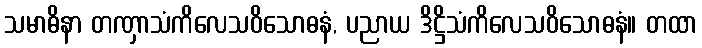
သမာဓိနာ တဏှာသံကိလေသဝိသောဓနံ, ပညာယ ဒိဋ္ဌိသံကိလေသဝိသောဓနံ။ တထာ